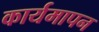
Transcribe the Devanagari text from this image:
कार्यमापन